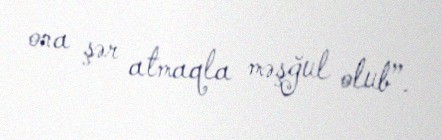
ona şər atmaqla məşğul olub”.